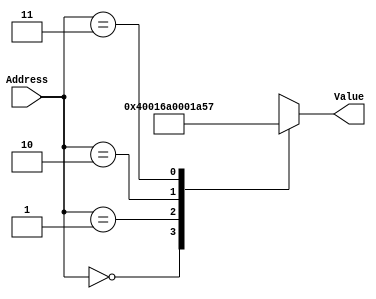
module rom8_re(
	input [1:0] Address, 
	output signed [13-1:0] Value
);

	reg signed[13-1:0] data;
	always @(Address) begin
		case (Address)
			0 : data = 13'd2048;
			1 : data = 13'd1448;
			2 : data = 13'd0;
			3 : data = -13'd1449;
		endcase
	end
	
	assign Value = data;
	
endmodule